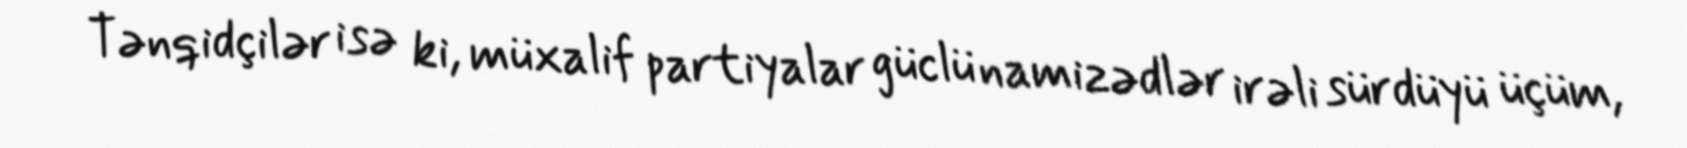
Tənqidçilər isə ki, müxalif partiyalar güclü namizədlər irəli sürdüyü üçüm,